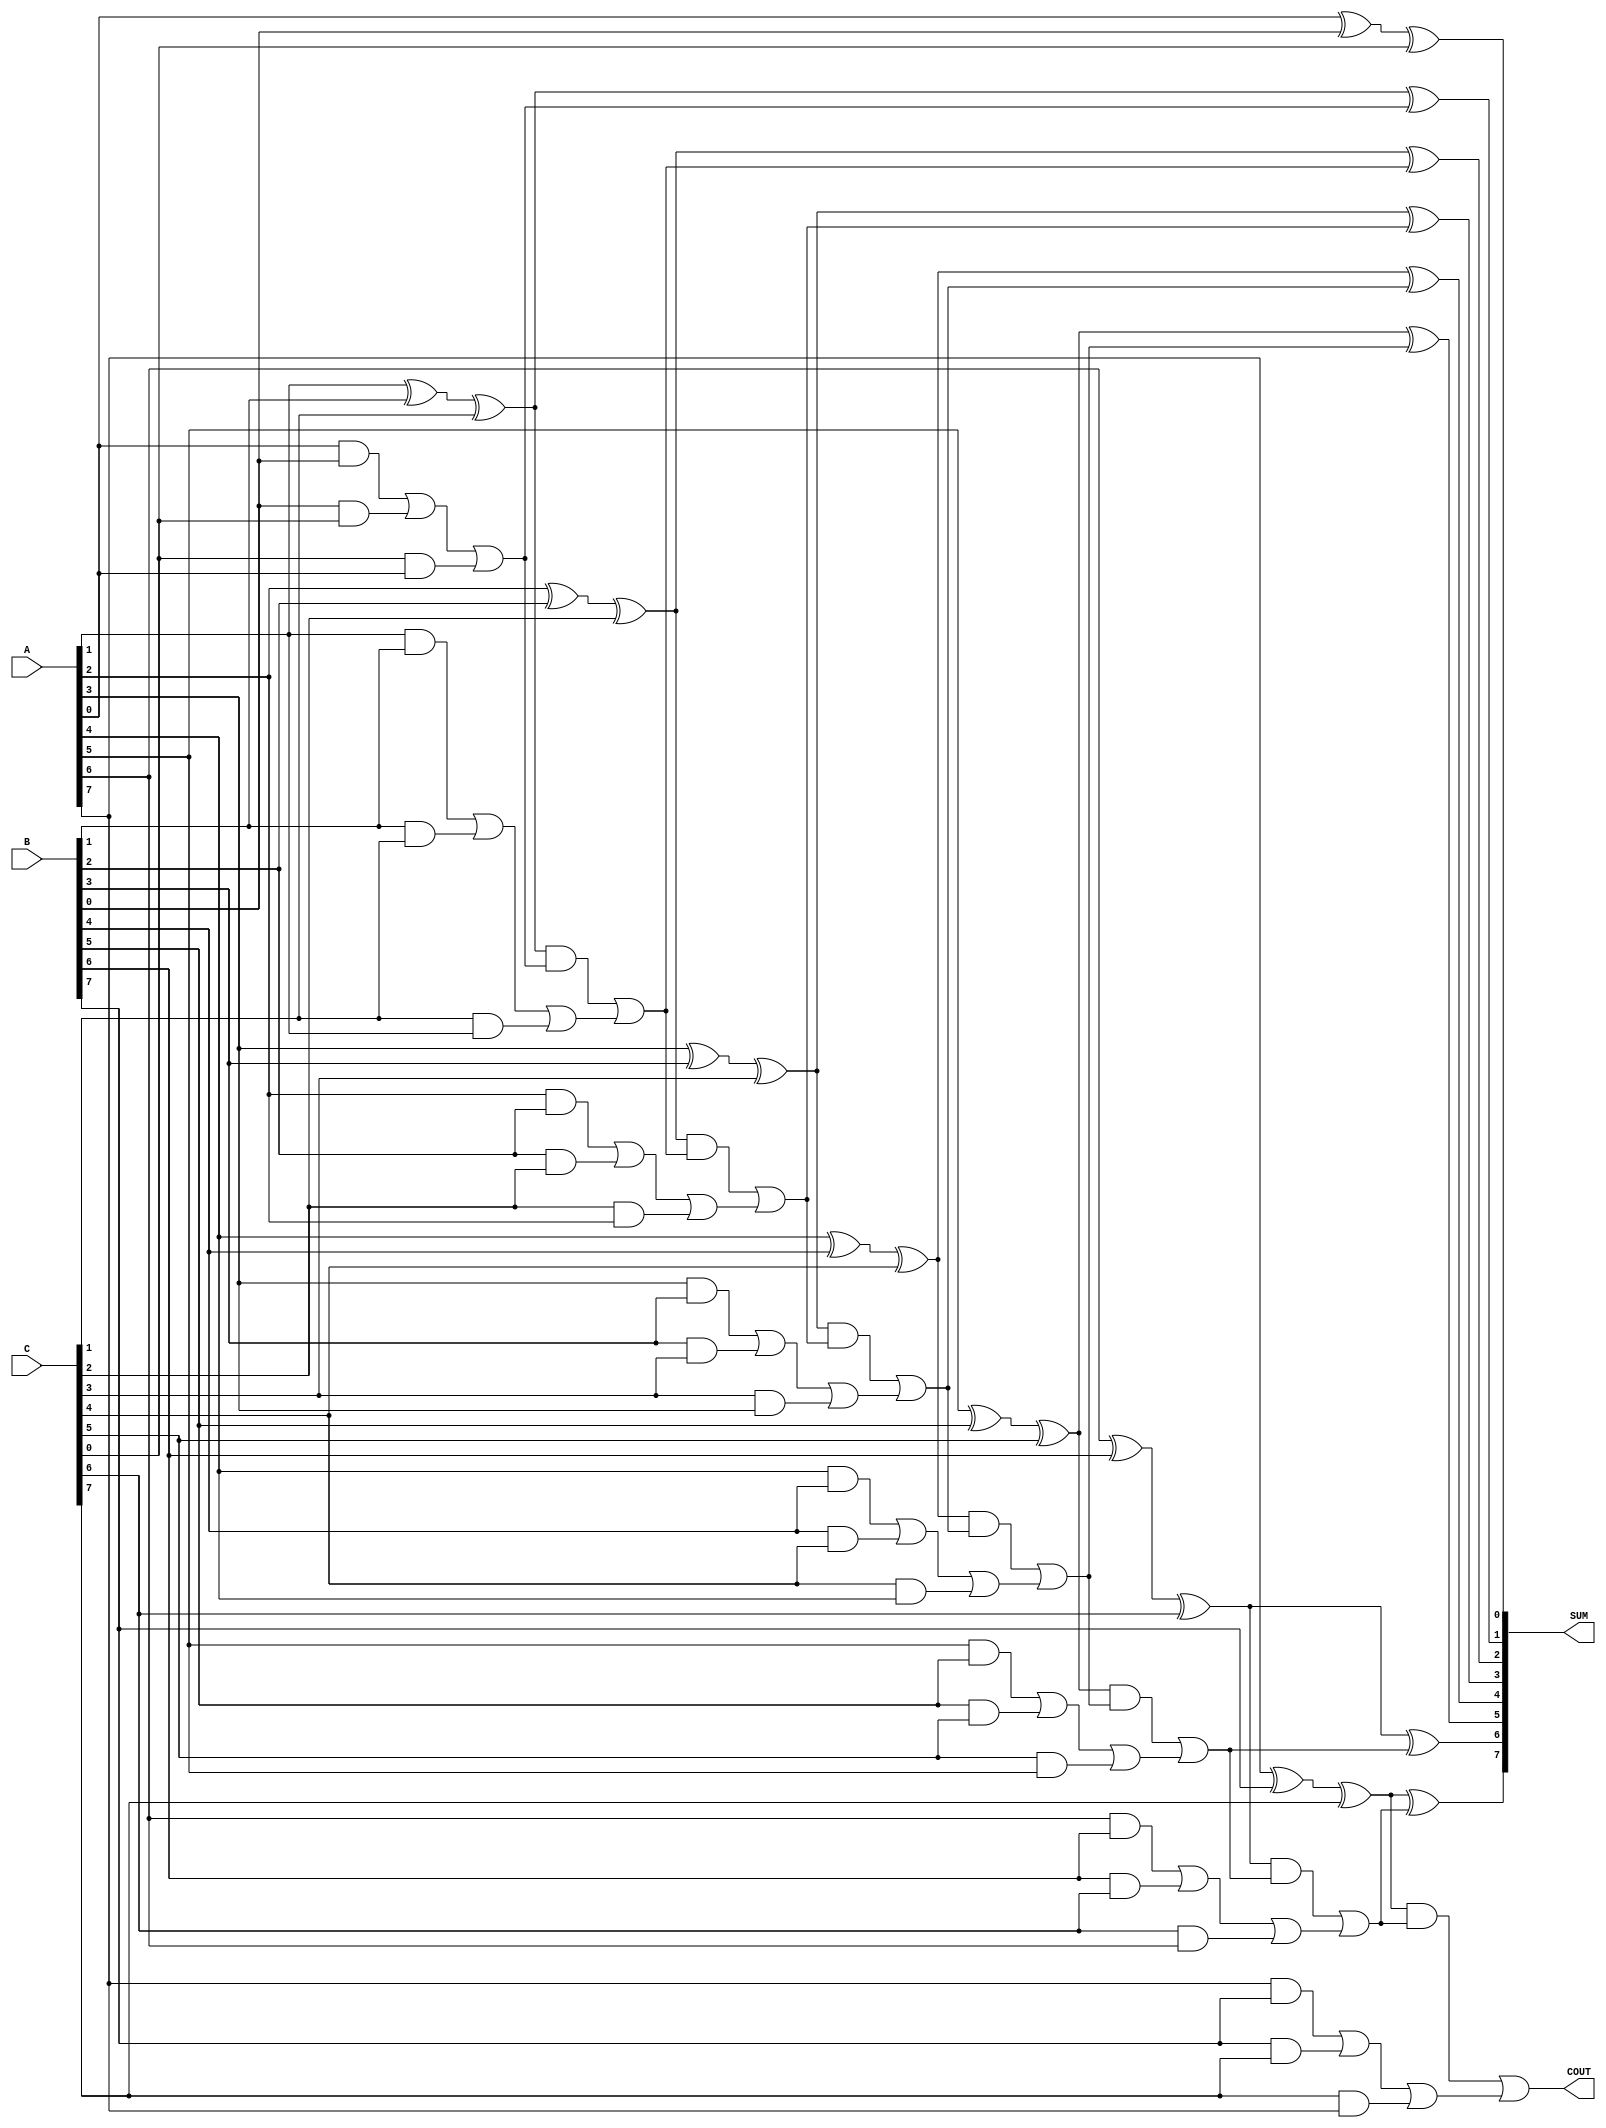
module carry_save_adder #(
    parameter WIDTH = 8 // Bit-width of the operands
)(
    input  [WIDTH-1:0] A, // First operand
    input  [WIDTH-1:0] B, // Second operand
    input  [WIDTH-1:0] C, // Third operand
    output [WIDTH-1:0] SUM, // Final sum output
    output COUT // Final carry output
);

    // Intermediate signals for partial sums and carries
    wire [WIDTH-1:0] P1, P2; // Partial sums
    wire [WIDTH-1:0] C1, C2; // Partial carries

    // Stage 1: Calculate partial sums and carries
    genvar i;
    generate
        for (i = 0; i < WIDTH; i = i + 1) begin : CSA_stage1
            assign P1[i] = A[i] ^ B[i] ^ C[i]; // Partial sum
            assign C1[i] = (A[i] & B[i]) | (B[i] & C[i]) | (C[i] & A[i]); // Partial carry
        end
    endgenerate

    // Stage 2: Carry propagation
    wire [WIDTH-1:0] P_final;
    wire [WIDTH:0] C_final; // Extra bit for carry out
    assign C_final[0] = 0; // Initial carry in is 0

    generate
        for (i = 0; i < WIDTH; i = i + 1) begin : CSA_stage2
            assign P_final[i] = P1[i] ^ C_final[i]; // Final sum
            assign C_final[i + 1] = (P1[i] & C_final[i]) | C1[i]; // Final carry
        end
    endgenerate

    // Final outputs
    assign SUM = P_final;
    assign COUT = C_final[WIDTH]; // Final carry out

endmodule